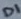
Text: D1